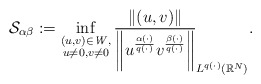
\begin{align*}\mathcal{S}_{\alpha\beta}:= \inf_{\substack{(u,v)\in \mathit{W},\\ u\neq 0, v\ne 0}}\frac{\|(u,v)\|}{\bigg\|u^{\frac{\alpha(\cdot)}{q(\cdot)}}v^{\frac{\beta(\cdot)}{q(\cdot)}}\bigg\|}_{L^{q(\cdot)}(\mathbb{R}^{N})}.\, \, \end{align*}